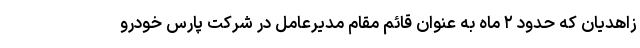
زاهدیان که حدود ۲ ماه به عنوان قائم مقام مدیرعامل در شرکت پارس خودرو